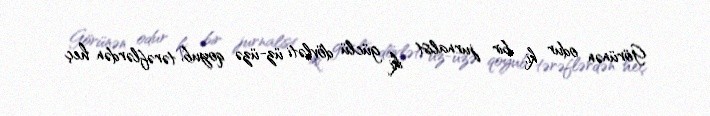
Görünən odur ki, bir jurnalist iki güclü dövləti üz-üzə qoyub, tərəflərdən heç